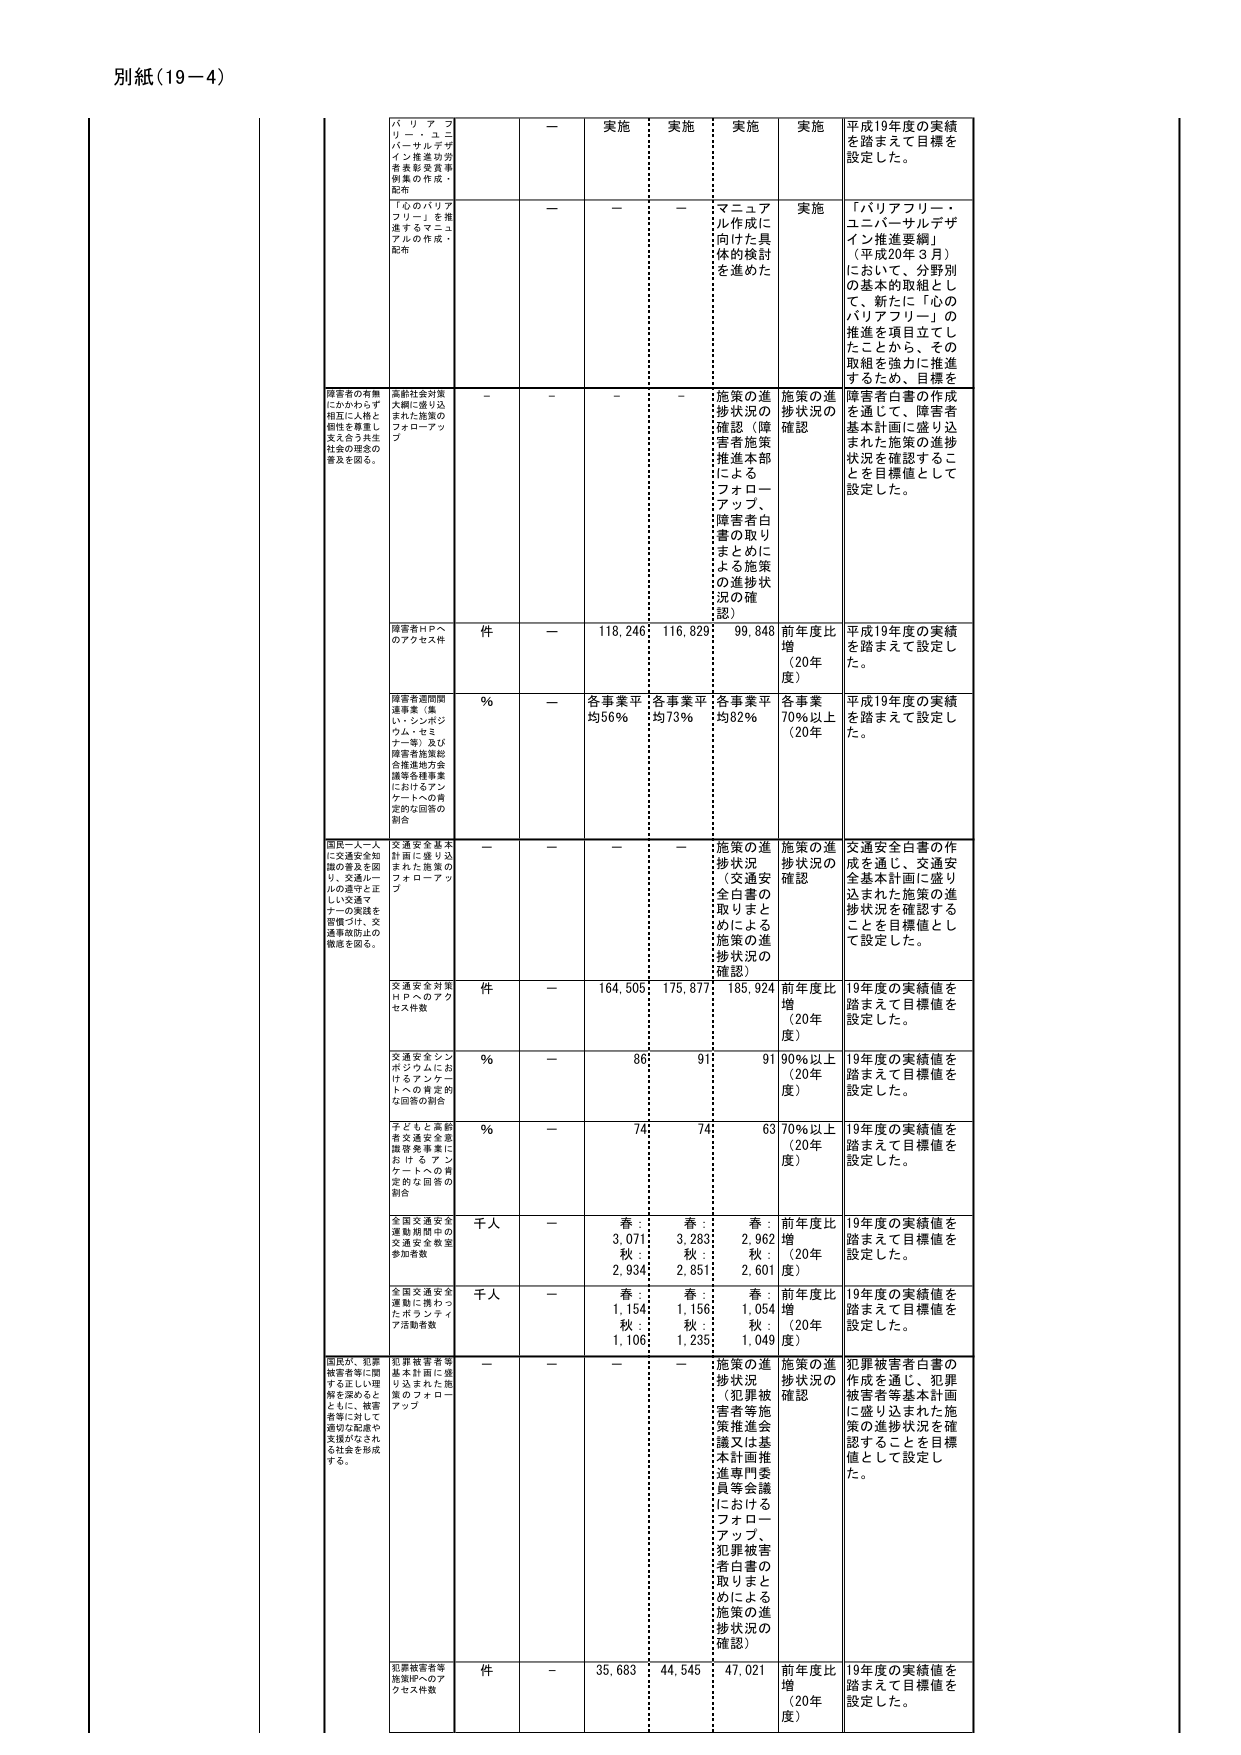
別紙（19－4）

パリアフリー・ユニバーサルデザイン推進功労者表彰受賞事例集の作成・配布
－ 実施 実施 実施 実施 平成19年度の実績を踏まえて目標を設定した。

「心のパリアフリー」を推進するマニュアルの作成・配布
－ － － マニュアル作成に向けた具体的検討を進めた 実施 「パリアフリー・ユニバーサルデザイン推進要綱」（平成20年３月）において、分野別の基本的取組として、新たに「心のパリアフリー」の推進を項目立てたことから、その取組を強力に推進するため、目標を

障害者の有無にかかわらず相互に人権と個性を尊重し支え合う共生社会の理念の普及を図る。
高齢社会対策大綱に盛り込まれた施策のフォローアップ
－ － － － 施策の進捗状況の確認（障害者施策推進本部によるフォローアップ、障害者白書の取りまとめによる施策の進捗状況の確認） 施策の進捗状況の確認 障害者白書の作成を通じて、障害者基本計画に盛り込まれた施策の進捗状況を確認することを目標値として設定した。

障害者HPへのアクセス件数 件 － 118,246 116,829 99,848 前年度比増（20年度） 平成19年度の実績を踏まえて設定した。

障害者週間関連事業（集い・シンポジウム・セミナー等）及び障害者施策総合推進地方会議等各種事業におけるアンケートへの肯定的な回答の割合 ％ － 各事業平均56％ 各事業平均73％ 各事業平均82％ 各事業70％以上（20年度） 平成19年度の実績を踏まえて設定した。

国民一人一人に交通安全知識の普及を図り、交通ルールの遵守と正しい交通マナーの実践を習慣づけ、交通事故防止の徹底を図る。
交通安全基本計画に盛り込まれた施策のフォローアップ
－ － － － 施策の進捗状況（交通安全白書の取りまとめによる施策の進捗状況の確認） 施策の進捗状況の確認 交通安全白書の作成を通じ、交通安全基本計画に盛り込まれた施策の進捗状況を確認することを目標値として設定した。

交通安全対策HPへのアクセス件数 件 － 164,505 175,877 185,924 前年度比増（20年度） 19年度の実績値を踏まえて目標値を設定した。

交通安全シンポジウムにおけるアンケートへの肯定的な回答の割合 ％ － 86 91 91 90％以上（20年度） 19年度の実績値を踏まえて目標値を設定した。

子どもも高齢者交通安全意識啓発事業におけるアンケートへの肯定的な回答の割合 ％ － 74 74 63 70％以上（20年度） 19年度の実績値を踏まえて目標値を設定した。

全国交通安全運動期間中の交通安全教室参加者数 千人 － 春：3,071 秋：2,934 春：3,283 秋：2,851 春：2,962 秋：2,601 前年度比増（20年度） 19年度の実績値を踏まえて目標値を設定した。

全国交通安全運動に携わったボランティア活動者数 千人 － 春：1,154 秋：1,106 春：1,156 秋：1,235 春：1,054 秋：1,049 前年度比増（20年度） 19年度の実績値を踏まえて目標値を設定した。

国民が、犯罪被害者等に関する正しい理解を深めるとともに、被害者等に対して適切な配慮や支援がなされる社会を形成する。
犯罪被害者等基本計画に盛り込まれた施策のフォローアップ
－ － － － 施策の進捗状況（犯罪被害者等施策推進会議又は基本計画推進専門委員等会議におけるフォローアップ、犯罪被害者白書の取りまとめによる施策の進捗状況の確認） 施策の進捗状況の確認 犯罪被害者白書の作成を通じ、犯罪被害者等基本計画に盛り込まれた施策の進捗状況を確認することを目標値として設定した。

犯罪被害者等施策HPへのアクセス件数 件 － 35,683 44,545 47,021 前年度比増（20年度） 19年度の実績値を踏まえて目標値を設定した。